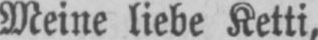
Meine liebe Ketti,